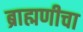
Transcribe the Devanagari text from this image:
ब्राह्मणीचा